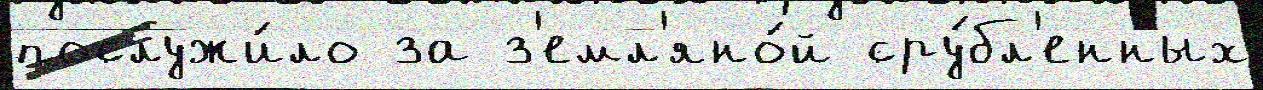
послужи́ло за з'емл'яно́й сру́бл'енных